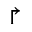
\Rsh